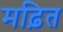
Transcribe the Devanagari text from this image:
मढ़ित